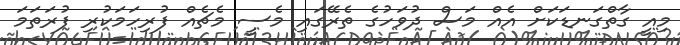
މިއީ ގާތްގަނޑަކަށް އެއް މަސް ދުވަހުގެ ތެރޭގައި މެސީ މެޗެއް ފުރިހަމަކުރި ފުރަތަމަ